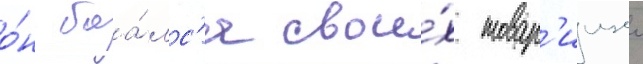
о́н боа́лс'я свои́х товар'ищеи